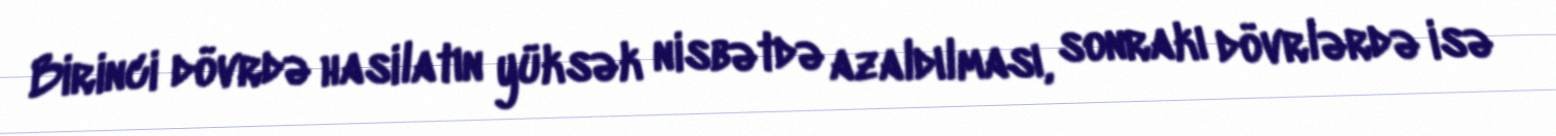
Birinci dövrdə hasilatın yüksək nisbətdə azaldılması, sonrakı dövrlərdə isə